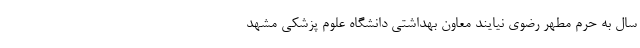
سال به حرم مطهر رضوی نیایند معاون بهداشتی دانشگاه علوم پزشکی مشهد